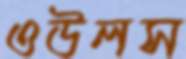
ওউলস